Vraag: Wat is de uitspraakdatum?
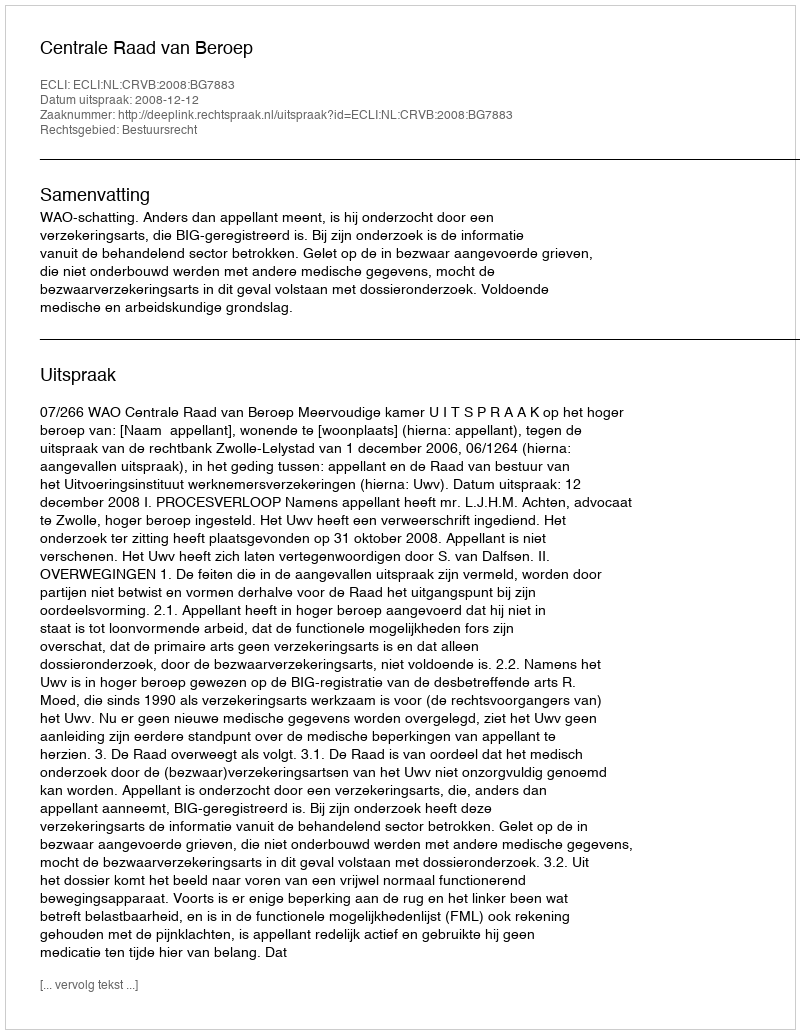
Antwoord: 2008-12-12